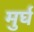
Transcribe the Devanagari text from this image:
मुर्घ